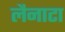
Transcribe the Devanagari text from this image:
लैनाटा